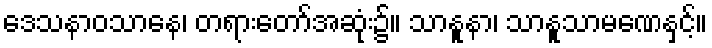
ဒေသနာဝသာနေ၊ တရားတော်အဆုံး၌။ သာနူနာ၊ သာနူသာမဏေနှင့်။